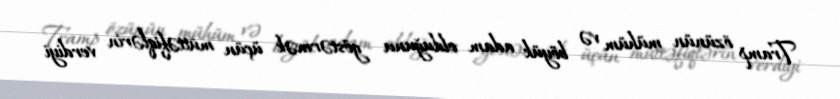
Tramp özünün mühüm və böyük adam olduğunu göstərmək üçün müttəfiqlərin verdiyi